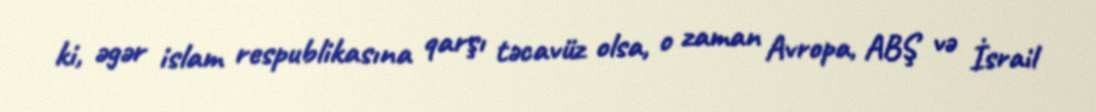
ki, əgər islam respublikasına qarşı təcavüz olsa, o zaman Avropa, ABŞ və İsrail